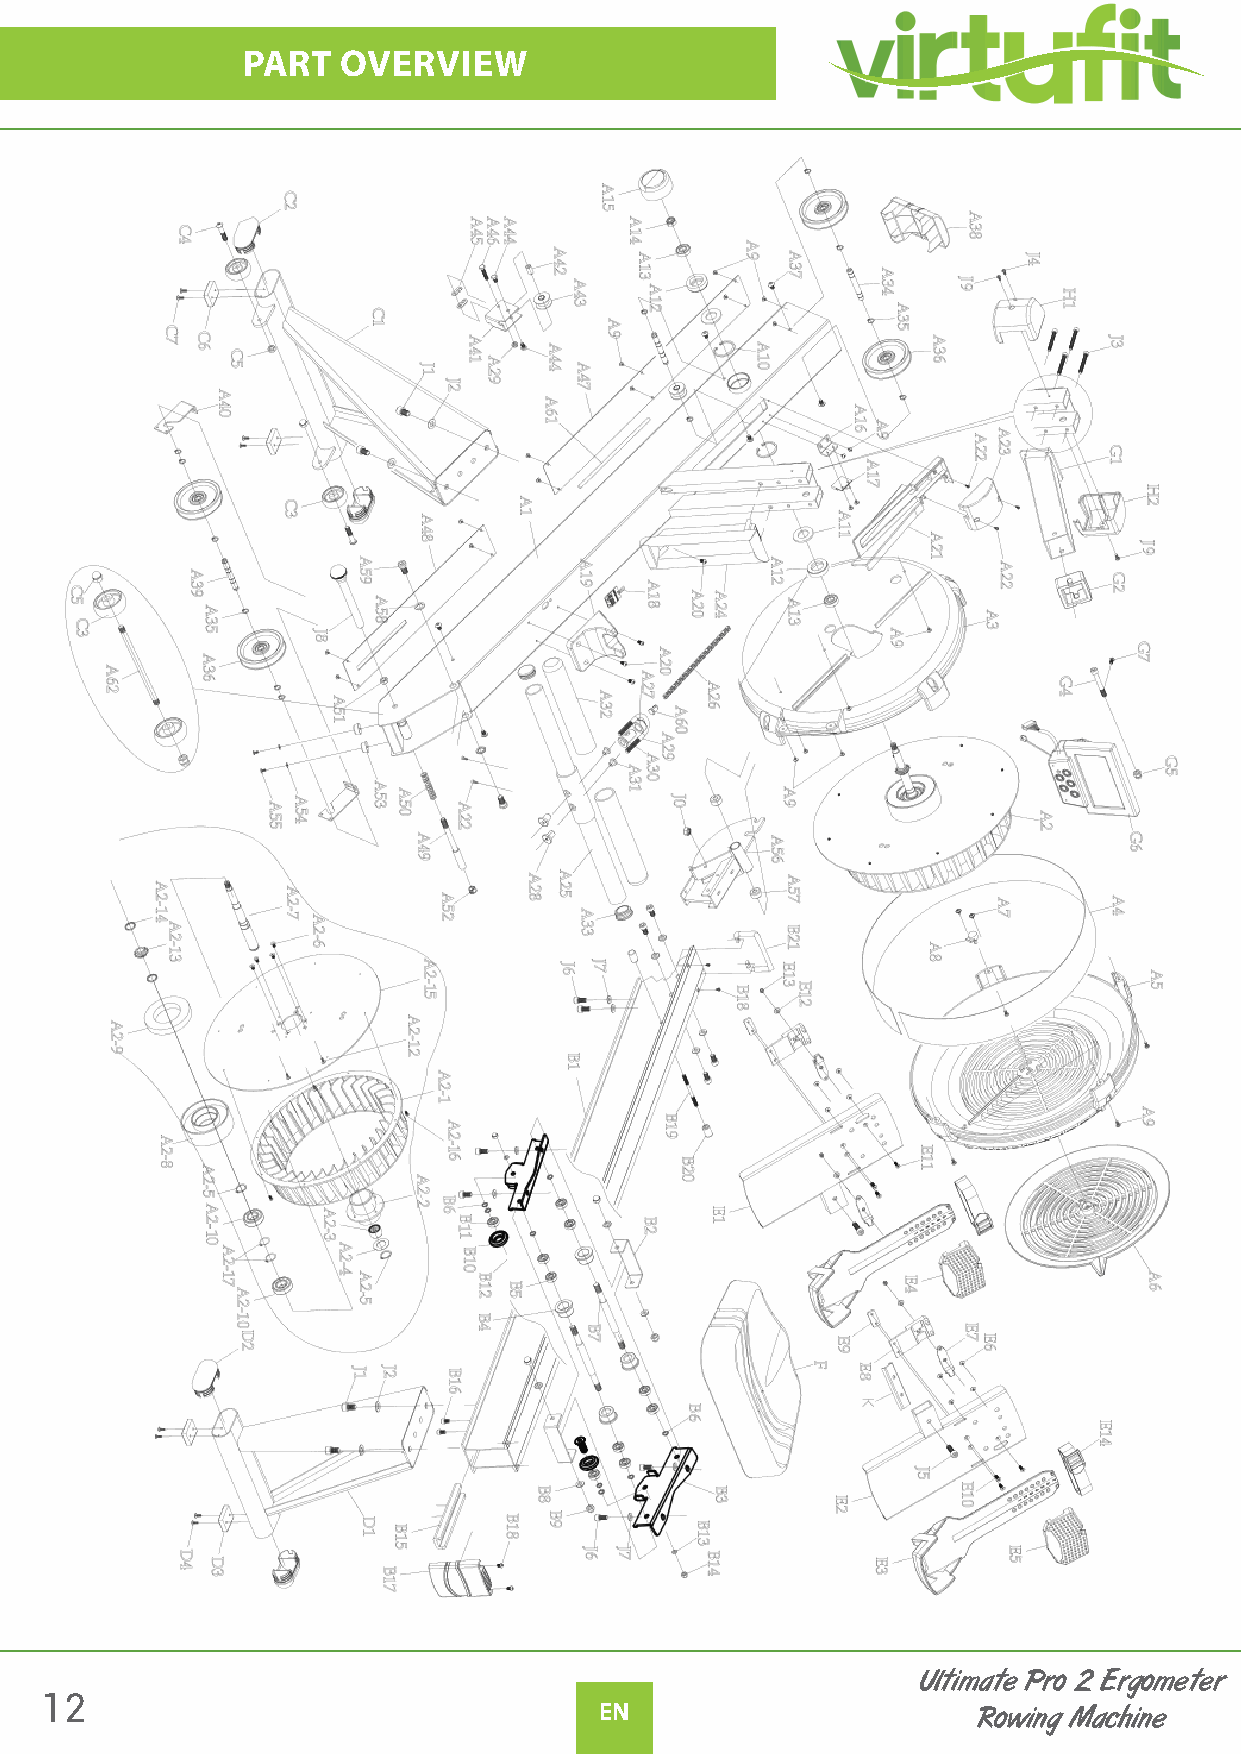
PART   OVERVIEW
 Ultimate Pro 2 Ergometer
 12
 EN                       Rowing Machine